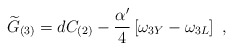
\begin{align*}{\widetilde G}_{(3)}=dC_{(2)}-{\alpha^\prime\over4}\left[\omega_{3Y}-\omega_{3L}\right]\ ,\end{align*}